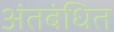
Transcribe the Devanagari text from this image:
अंतबंधित